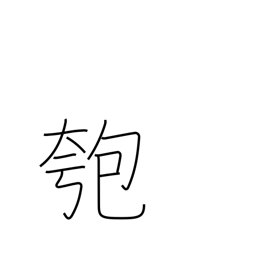
Meaning: gourd